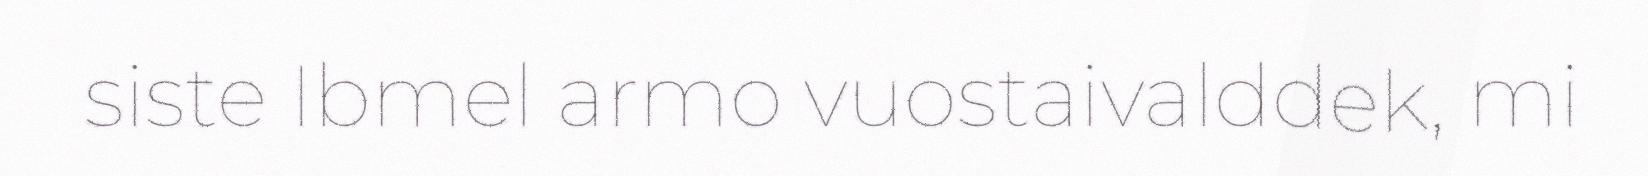
siste Ibmel armo vuostaivalddek, mi